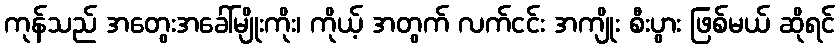
ကုန်သည် အတွေးအခေါ်မျိုးကိုး၊ ကိုယ့် အတွက် လက်ငင်း အကျိုး စီးပွား ဖြစ်မယ် ဆိုရင်